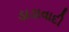
ડાડાવાદી